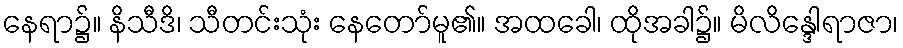
နေရာ၌။ နိသီဒိ၊ သီတင်းသုံး နေတော်မူ၏။ အထခေါ၊ ထိုအခါ၌။ မိလိန္ဒေါရာဇာ၊